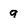
Character: q